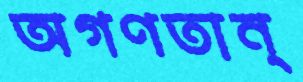
অগণতান্